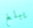
يبلغ